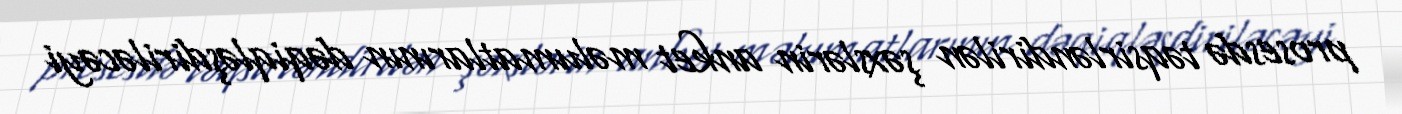
prosesdə təqsirləndirilən şəxslərin anket məlumatlarının dəqiqləşdiriləcəyi